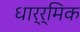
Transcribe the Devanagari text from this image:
धार्र्मिक